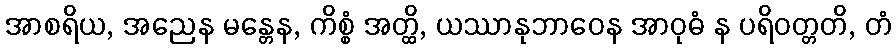
အာစရိယ, အညေန မန္တေန, ကိစ္စံ အတ္ထိ, ယဿာနုဘာဝေန အာဝုဓံ န ပရိဝတ္တတိ, တံ